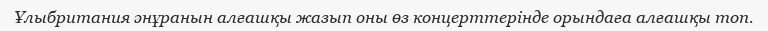
Ұлыбритания әнұранын алғашқы жазып оны өз концерттерінде орындаға алғашқы топ.